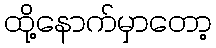
ထို့နောက်မှာတော့